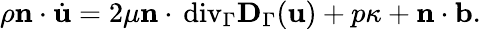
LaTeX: \rho\mathbf n\cdot\dot{\mathbf u}=2\mu\mathbf n\cdot{\mathop{\, \mathrm{div}}}_{\Gamma}\mathbf D_{\Gamma}(\mathbf u)+p\kappa+\mathbf n\cdot\mathbf b.